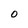
Character: O